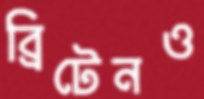
ব্রিটেনও